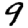
Digit: 9